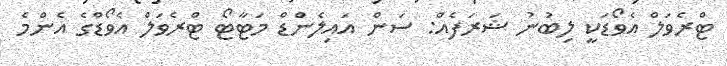
ޓްރެވަލް އެވޯޑަކީ ލިބުނު ޝަރަފެއް: ސަން އައިލެންޑް މަޓާޓޯ ޓްރެވަލް އެވޯޑްގެ އެންމެ